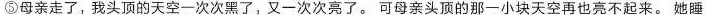
⑤母亲走了，我头顶的天空一次次黑了，又一次次亮了。可母亲头顶的那一小块天空再也亮不起来。她睡